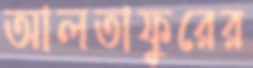
আলতাফুরের